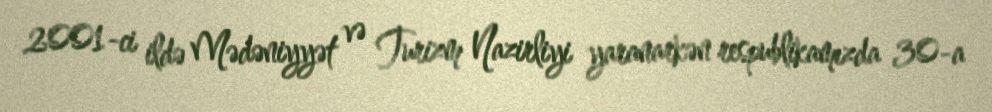
2001-ci ildə Mədəniyyət və Turizm Nazirliyi yaranarkən respublikamızda 30-a